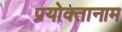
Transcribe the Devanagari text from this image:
प्रयोक्तानाम